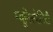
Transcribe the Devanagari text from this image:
म्यूनिस्पेलिटी